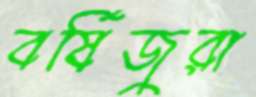
বর্ষিজুরা